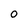
Character: O